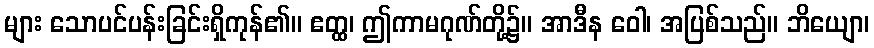
များ သောပင်ပန်းခြင်းရှိကုန်၏။ ဧတ္ထ၊ ဤကာမဂုဏ်တို့၌။ အာဒီန ဝေါ၊ အပြစ်သည်။ ဘိယျော၊